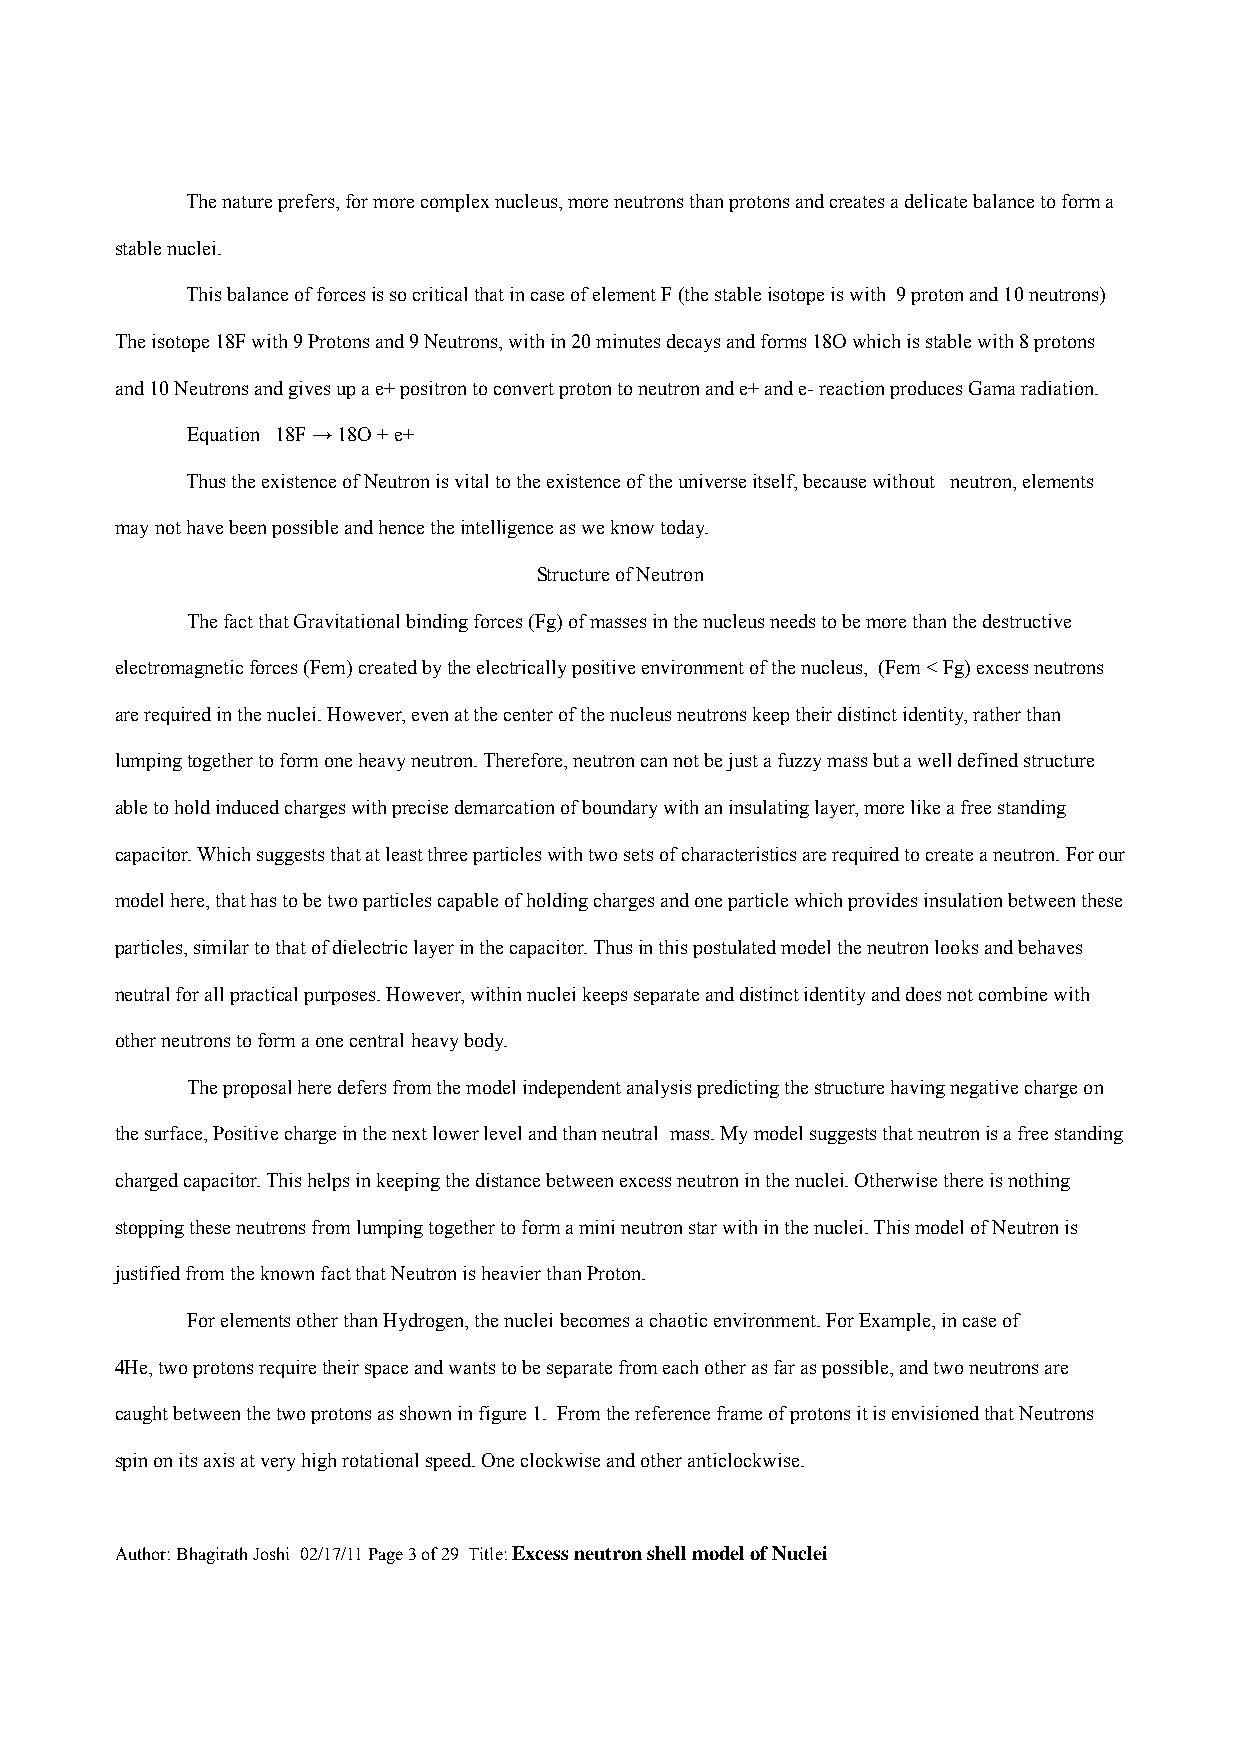
The nature prefers, for more complex nucleus, more neutrons than protons and creates a delicate balance to form a
 stable nuclei.
 This balance of forces is so critical that in case of element F (the stable isotope is with 9 proton and 10 neutrons)
 The isotope 18F with 9 Protons and 9 Neutrons, with in 20 minutes decays and forms 18O which is stable with 8 protons
 and 10 Neutrons and gives up a e+ positron to convert proton to neutron and e+ and e- reaction produces Gama radiation.
 Equation 18F → 18O + e+
 Thus the existence of Neutron is vital to the existence of the universe itself, because without neutron, elements
 may not have been possible and hence the intelligence as we know today.
 Structure of Neutron
 The fact that Gravitational binding forces (Fg) of masses in the nucleus needs to be more than the destructive
 electromagnetic forces (Fem) created by the electrically positive environment of the nucleus, (Fem < Fg) excess neutrons
 are required in the nuclei. However, even at the center of the nucleus neutrons keep their distinct identity, rather than
 lumping together to form one heavy neutron. Therefore, neutron can not be just a fuzzy mass but a well defined structure
 able to hold induced charges with precise demarcation of boundary with an insulating layer, more like a free standing
 capacitor. Which suggests that at least three particles with two sets of characteristics are required to create a neutron. For our
 model here, that has to be two particles capable of holding charges and one particle which provides insulation between these
 particles, similar to that of dielectric layer in the capacitor. Thus in this postulated model the neutron looks and behaves
 neutral for all practical purposes. However, within nuclei keeps separate and distinct identity and does not combine with
 other neutrons to form a one central heavy body.
 The proposal here defers from the model independent analysis predicting the structure having negative charge on
 the surface, Positive charge in the next lower level and than neutral mass. My model suggests that neutron is a free standing
 charged capacitor. This helps in keeping the distance between excess neutron in the nuclei. Otherwise there is nothing
 stopping these neutrons from lumping together to form a mini neutron star with in the nuclei. This model of Neutron is
 justified from the known fact that Neutron is heavier than Proton.
 For elements other than Hydrogen, the nuclei becomes a chaotic environment. For Example, in case of
 4He, two protons require their space and wants to be separate from each other as far as possible, and two neutrons are
 caught between the two protons as shown in figure 1. From the reference frame of protons it is envisioned that Neutrons
 spin on its axis at very high rotational speed. One clockwise and other anticlockwise.
 Author: Bhagirath Joshi 02/17/11 Page 3 of 29 Title: Excess neutron shell model of Nuclei